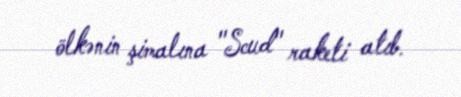
ölkənin şimalına "Scud" raketi atıb.